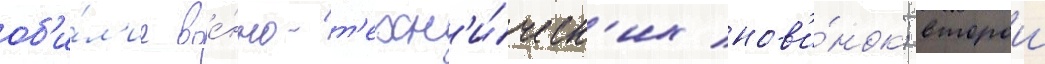
об'и́л'ие вое́нно-т'ехн'и́ческ'их нов'и́нок; второи